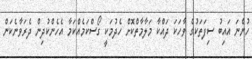
ހުންނަ އައިބު ސިފަތަކުގެ ވާހަކަ ދައްކާ މަލާމާތްކޮށް ހެދުމަކީ ގޯސްކަމެއްކަމާ އެހެންކުދިން ދެރަވާނެކަން